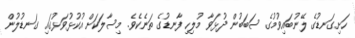
ހަށިގަނޑުގެ ލޭނުބައިވުމުގެ ސަބަބުން ދުޅަވާ މުލިހި ފާނޑުގެ ތަނެކެވެ. މިސާލަކަށް އުކުޅުވަޅުގައި ގަނޑުލުން